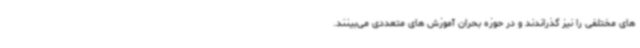
های مختلفی را نیز گذراندند و در حوزه بحران آموزش های متعددی می‌بینند.